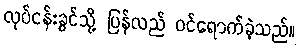
လုပ်ငန်းခွင်သို့ ပြန်လည် ဝင်ရောက်ခဲ့သည်။